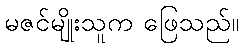
မဇင်မျိုးသူက ဖြေသည်။